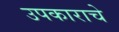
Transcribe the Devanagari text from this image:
उपकाराचे